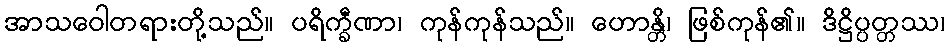
အာသဝေါတရားတို့သည်။ ပရိက္ခီဏာ၊ ကုန်ကုန်သည်။ ဟောန္တိ၊ ဖြစ်ကုန်၏။ ဒိဋ္ဌိပ္ပတ္တဿ၊